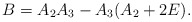
\begin{align*}B=A_{2}A_{3}-A_{3}(A_{2}+2E).\end{align*}